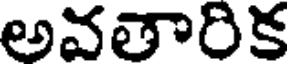
అవతారిక